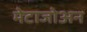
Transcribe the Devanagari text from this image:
मेटाजोअन